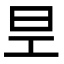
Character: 𭥐